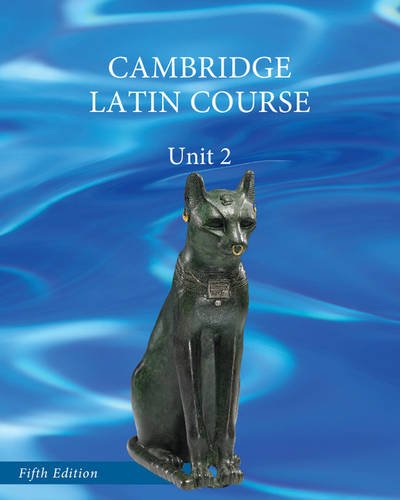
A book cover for North American Cambridge Latin Course Unit 2 Student's Book; Teen & Young Adult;